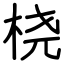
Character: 桡